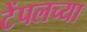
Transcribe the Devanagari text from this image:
टेंपलच्या